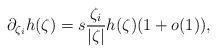
LaTeX: \begin{align*}\partial_{\zeta_i}h(\zeta)=s{\zeta_i\over|\zeta|}h(\zeta)(1+o(1)),\end{align*}